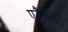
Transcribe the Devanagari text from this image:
एवैकी